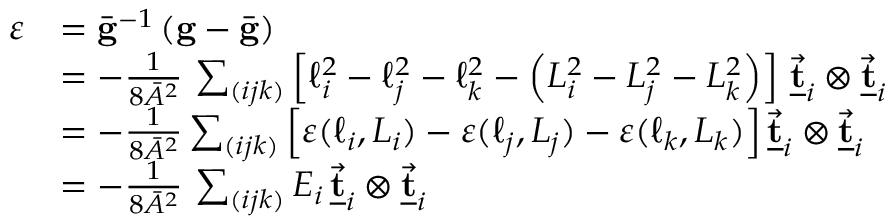
\begin{array} { r l } { \boldsymbol { \varepsilon } } & { = \bar { \bf g } ^ { - 1 } \left( { \bf g } - \bar { \bf g } \right) } \\ & { = - \frac { 1 } { 8 \bar { A } ^ { 2 } } \, \sum _ { ( i j k ) } \left[ \ell _ { i } ^ { 2 } - \ell _ { j } ^ { 2 } - \ell _ { k } ^ { 2 } - \left( L _ { i } ^ { 2 } - L _ { j } ^ { 2 } - L _ { k } ^ { 2 } \right) \right] \, \underline { { \vec { \bf t } } } _ { i } \otimes \vec { \bf \underline { { t } } } _ { i } } \\ & { = - \frac { 1 } { 8 \bar { A } ^ { 2 } } \sum _ { ( i j k ) } \left[ \varepsilon ( \ell _ { i } , L _ { i } ) - \varepsilon ( \ell _ { j } , L _ { j } ) - \varepsilon ( \ell _ { k } , L _ { k } ) \right] \underline { { \vec { \bf t } } } _ { i } \otimes \underline { { \vec { \bf t } } } _ { i } } \\ & { = - \frac { 1 } { 8 \bar { A } ^ { 2 } } \, \sum _ { ( i j k ) } E _ { i } \, \underline { { \vec { \bf t } } } _ { i } \otimes \vec { \bf \underline { { t } } } _ { i } } \end{array}